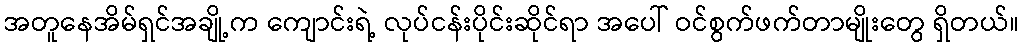
အတူနေအိမ်ရှင်အချို့က ကျောင်းရဲ့ လုပ်ငန်းပိုင်းဆိုင်ရာ အပေါ် ဝင်စွက်ဖက်တာမျိုးတွေ ရှိတယ်။